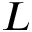
L